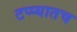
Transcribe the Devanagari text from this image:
टप्प्यातच